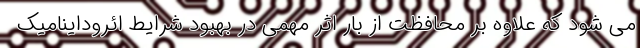
می شود که علاوه بر محافظت از بار اثر مهمی در بهبود شرایط ائروداینامیک